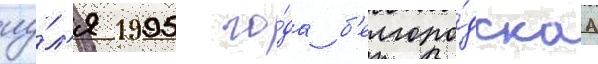
иу́л'я 1995 го́да б'елгоро́дскаа